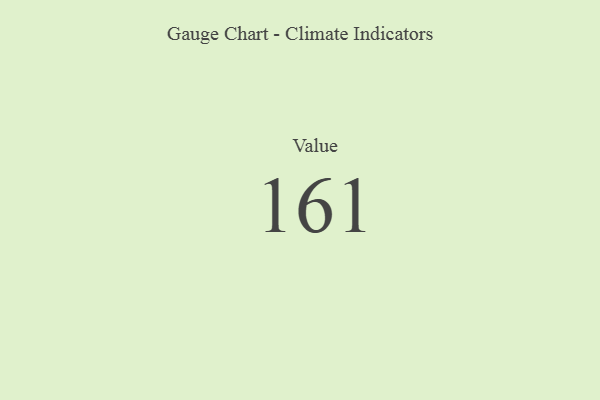
{"axis": {"x": "Metric", "y": "Value"}, "legend": [""], "data": [{"x": "Value", "y": 161, "type": ""}]}